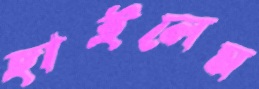
ছাইলেম